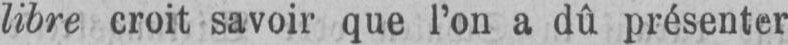
libre croit savoir que l’on a dû présenter